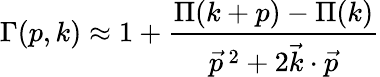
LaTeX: \Gamma(p,k)\approx 1+\frac{\Pi(k+p)-\Pi(k)}{{\vec{p}}\, ^{2}+2{\vec{k}}\cdot{\vec{p}}}